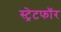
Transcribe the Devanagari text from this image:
स्ट्रेटफॉर